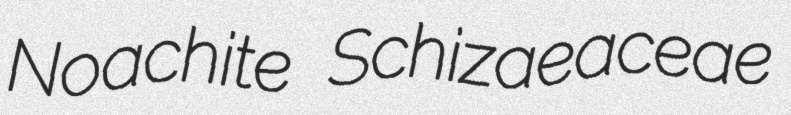
Noachite Schizaeaceae